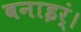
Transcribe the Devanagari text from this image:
बनाइर्ं।